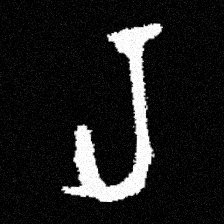
Pyu character \u2014 Myanmar letter: ရ (romanized: ra)